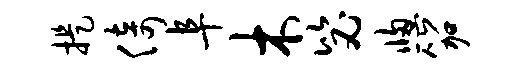
提倚阜木毖窗笳